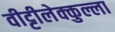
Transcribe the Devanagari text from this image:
वीट्टीलेक्कुल्ला